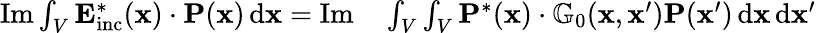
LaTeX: \begin{array}{rl}{\operatorname{Im}\int_{V}\mathbf{E}_{\mathrm{inc}}^{*}(\mathbf{x})\cdot\mathbf{P}(\mathbf{x})\, \mathrm{d}\mathbf{x}=\operatorname{Im}}&{{}\int_{V}\int_{V}\mathbf{P}^{*}(\mathbf{x})\cdot\mathbb{G}_{0}(\mathbf{x},\mathbf{x}^{\prime})\mathbf{P}(\mathbf{x}^{\prime})\, \mathrm{d}\mathbf{x}\, \mathrm{d}\mathbf{x}^{\prime}}\end{array}